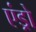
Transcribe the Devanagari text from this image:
एंड्रो